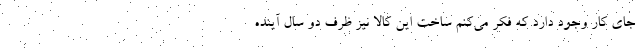
جای کار وجود دارد که فکر می‌کنم ساخت این کالا نیز ظرف دو سال آینده